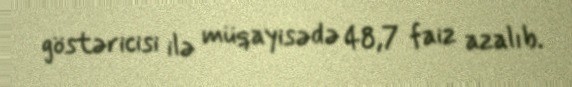
göstəricisi ilə müqayisədə 48,7 faiz azalıb.